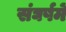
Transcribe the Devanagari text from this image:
संघर्षमें